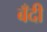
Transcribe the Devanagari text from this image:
बँदी